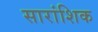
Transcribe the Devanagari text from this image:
सारांशिक